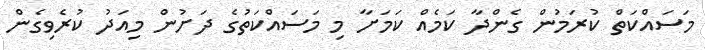
މަސައްކަތް ކުރަމުން ގެންދާ ކަމެއް ކަމަށާ މި މަސައްކަތުގެ ދަށުން މިއަދު ކުރެވިގެން